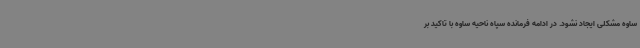
ساوه مشکلی ایجاد نشود. در ادامه فرمانده سپاه ناحیه ساوه با تاکید بر